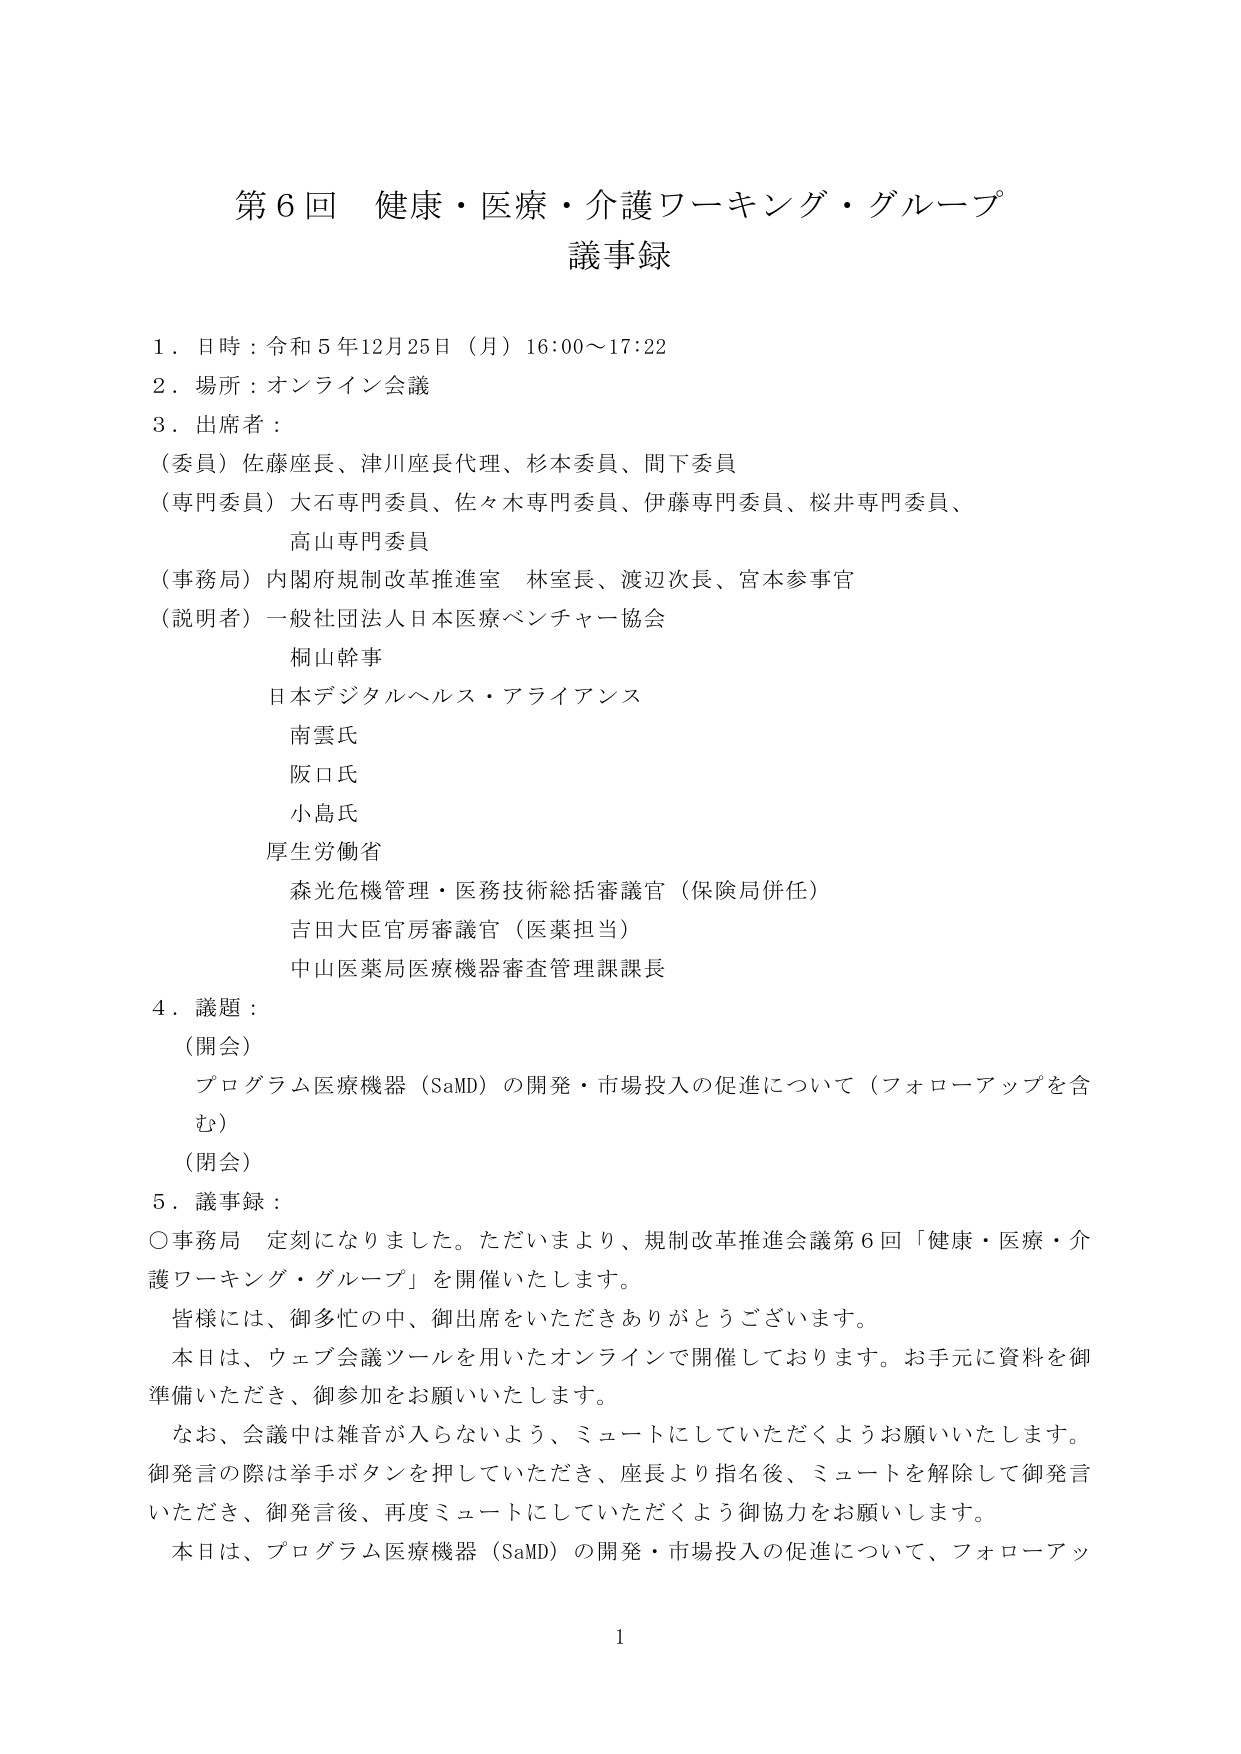
第６回 健康・医療・介護ワーキング・グループ
議事録

１．日時：令和５年12月25日（月）16:00～17:22
２．場所：オンライン会議
３．出席者：
（委員）佐藤座長、津川座長代理、杉本委員、間下委員
（専門委員）大石専門委員、佐々木専門委員、伊藤専門委員、桜井専門委員、
高山専門委員
（事務局）内閣府規制改革推進室 林室長、渡辺次長、宮本参事官
（説明者）一般社団法人日本医療ベンチャー協会
桐山幹事
日本デジタルヘルス・アライアンス
南雲氏
阪口氏
小島氏
厚生労働省
森光危機管理・医務技術総括審議官（保険局併任）
吉田大臣官房審議官（医薬担当）
中山医薬局医療機器審査管理課課長

４．議題：
（開会）
プログラム医療機器（SaMD）の開発・市場投入の促進について（フォローアップを含む）
（閉会）

５．議事録：
〇事務局 定刻になりました。ただいまより、規制改革推進会議第６回「健康・医療・介護ワーキング・グループ」を開催いたします。
皆様には、御多忙の中、御出席をいただきありがとうございます。
本日は、ウェブ会議ツールを用いたオンラインで開催しております。お手元に資料を御準備いただき、御参加をお願いいたします。
なお、会議中は雑音が入らないよう、ミュートにしていただくようお願いいたします。
御発言の際は挙手ボタンを押していただき、座長より指名後、ミュートを解除して御発言いただき、御発言後、再度ミュートにしていただくよう御協力をお願いします。
本日は、プログラム医療機器（SaMD）の開発・市場投入の促進について、フォローアップ

1